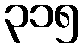
၃၁၅